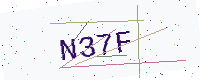
Text: N37F